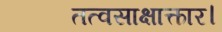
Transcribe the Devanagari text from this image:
तत्वसाक्षात्कार।